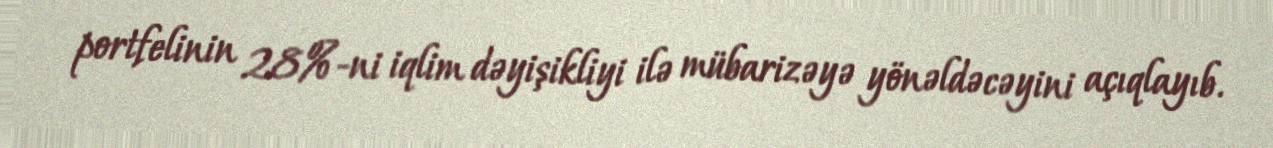
portfelinin 28%-ni iqlim dəyişikliyi ilə mübarizəyə yönəldəcəyini açıqlayıb.